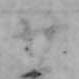
廿